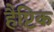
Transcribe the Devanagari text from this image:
हैप्टिक